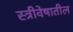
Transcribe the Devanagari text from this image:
स्त्रीवेषातील